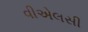
વીએલસી